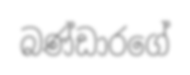
බණ්ඩාරගේ